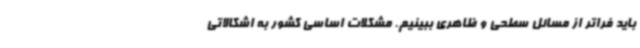
باید فراتر از مسائل سطحی و ظاهری ببینیم. مشکلات اساسی کشور به اشکالاتی